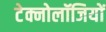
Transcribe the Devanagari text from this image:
टेक्नोलॉजियों